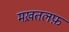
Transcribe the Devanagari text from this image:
मख़तलफ़